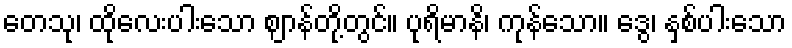
တေသု၊ ထိုလေးပါးသော ဈာန်တို့တွင်။ ပုရိမာနိ၊ ကုန်သော။ ဒွေ၊ နှစ်ပါးသော